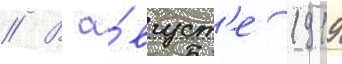
// В а́вгуст'е 1919